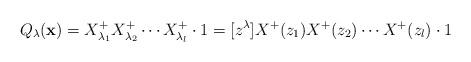
LaTeX: \begin{align*}Q_{\lambda}({\bf x})=X_{\lambda_1}^+X_{\lambda_2}^+\cdots X_{\lambda_l}^+\cdot 1=[z^\lambda]X^+(z_1)X^+(z_2)\cdots X^+(z_l)\cdot 1\end{align*}